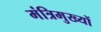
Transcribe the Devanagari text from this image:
मंत्रिमुख्यों